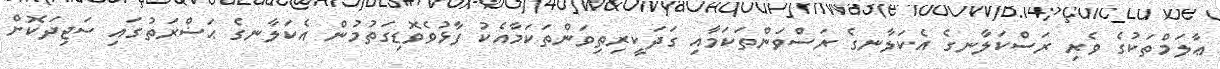
ޢާލަމްތަކުގެ ވެރި ރަސްކަލާނގެ އެކަލާނގެ ރަސްވަންތަކަމާއި ގަދަކީރިތިވަންތަކަމާއެކު ފާޅުވެވޮޑިގަތުމުން އެކަލާނގެ ޙަޟްރަތުގައި ސަޖިދަކޮށް